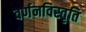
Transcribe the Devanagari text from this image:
वर्णनविस्तृति